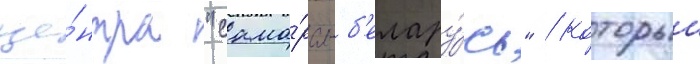
це́нтра "сама́ра-б'елару́сь" / которыи